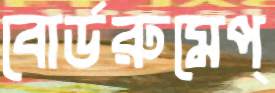
বোর্ডরুমেপ্